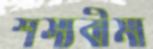
শস্যবীমা